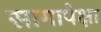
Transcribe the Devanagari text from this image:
सागापेक्षा